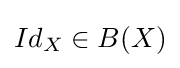
Id_{X}\in B(X)